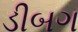
ડીબગ